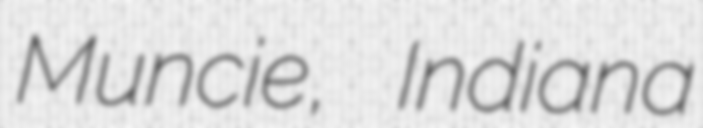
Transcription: Muncie, Indiana